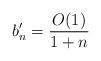
LaTeX: \begin{align*} b_n^{\prime}=\frac{O(1)}{1+n}\end{align*}